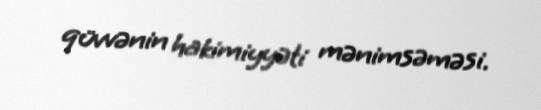
qüvvənin hakimiyyəti mənimsəməsi.